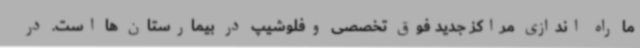
ما راه اندازی مراکز جدید فوق تخصصی وفلوشیپ در بیمارستان ها است. در